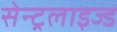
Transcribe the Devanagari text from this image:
सेन्ट्रलाइज्ड